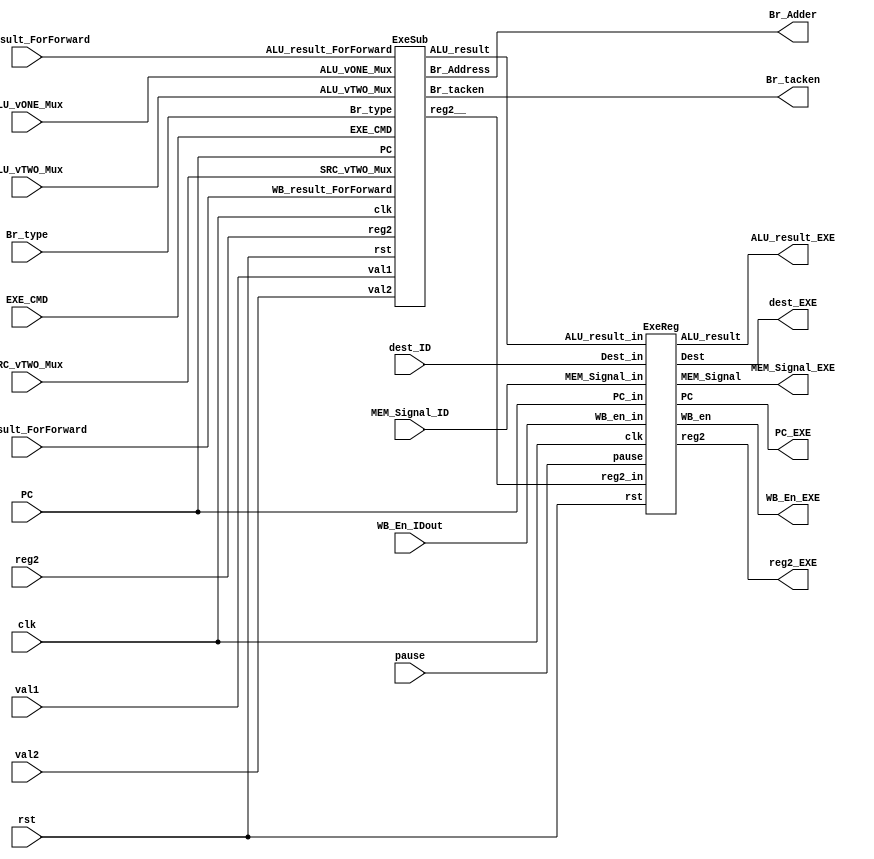
module Exe (
		input clk,rst,
		// SRAM  UNIT
		pause,
		//ForwardDetect
		input [1:0] ALU_vONE_Mux, ALU_vTWO_Mux, SRC_vTWO_Mux,
		// from ID stage to Mem stage : input
		input WB_En_IDout,
		input [1:0] MEM_Signal_ID,
		input [4:0] dest_ID,

		input [3:0] EXE_CMD,
		input [31:0] val1, val2, reg2, PC,
		input [1:0] Br_type,
		//ForwardDetect
		input [31:0] ALU_result_ForForward , WB_result_ForForward,

		output [31:0] Br_Adder,
		output Br_tacken,
		// from ID stage to Mem stage : output
		output WB_En_EXE,
		output [1:0] MEM_Signal_EXE,
		output [4:0] dest_EXE,
		output [31:0] PC_EXE,ALU_result_EXE, reg2_EXE

	);

	wire [31:0] reg2__, ALU_result;

	ExeSub _ExeSub (
		clk,rst,
		//ForwardDetect
		ALU_vONE_Mux, ALU_vTWO_Mux, SRC_vTWO_Mux,
		EXE_CMD, val1,val2,reg2, PC, Br_type,
		//ForwardDetect
		ALU_result_ForForward, WB_result_ForForward,
		ALU_result, Br_Adder, reg2__,
		Br_tacken
		);

	ExeReg _ExeReg(clk,rst,pause,WB_En_IDout,MEM_Signal_ID,dest_ID,PC,ALU_result,reg2__,WB_En_EXE,MEM_Signal_EXE,dest_EXE,PC_EXE,ALU_result_EXE,reg2_EXE);

endmodule
// * * * * * * * * * * * * * * * * * * * * * * * * * * * * * * * *
module ExeSub (
		input clk,rst,
		//ForwardDetect
		input [1:0] ALU_vONE_Mux, ALU_vTWO_Mux, SRC_vTWO_Mux,
		input [3:0] EXE_CMD,
		input [31:0] val1,val2,reg2,PC,
		input [1:0] Br_type,
		//ForwardDetect
		input [31:0] ALU_result_ForForward , WB_result_ForForward,

		output [31:0] ALU_result,Br_Address, reg2__,
		output Br_tacken
	);
	wire [31:0] val1__, val2__;

	Mux3to1_32 _val1ALU (ALU_vONE_Mux, val1, ALU_result_ForForward, WB_result_ForForward, val1__);
	Mux3to1_32 _val2ALU (ALU_vTWO_Mux, val2, ALU_result_ForForward, WB_result_ForForward, val2__);
	Mux3to1_32 _valSrc2 (SRC_vTWO_Mux, reg2, ALU_result_ForForward, WB_result_ForForward, reg2__);


	ALU _ALU(val1__, val2__, EXE_CMD, ALU_result);
	AdderBranch _AdderBranch (PC, val2__, Br_Address);
	ConditionCheck _ConditionCheck (val1__, reg2__, Br_type, Br_tacken);

endmodule
// * * * * * * * * * * * * * * * * * * * * * * * * * * * * * * * *
module ExeReg (
		input clk,rst,
		// SRAM  UNIT
		pause,
		// from ID stage to Mem stage
		input WB_en_in,
		input [1:0] MEM_Signal_in,
		input [4:0] Dest_in,

		input [31:0] PC_in,
		input [31:0] ALU_result_in,
		input [31:0] reg2_in,

		// MEM_Signals
		output reg WB_en,
		output reg [1:0] MEM_Signal,
		output reg [4:0] Dest,
		output reg [31:0] PC,
		output reg [31:0] ALU_result,
		output reg [31:0] reg2
	);

	always@(posedge clk) begin
		if (rst) begin
			WB_en <= 1'd0;
			MEM_Signal <= 2'd0;
			Dest <= 5'd0;
			PC <= 32'd0;
			ALU_result <= 32'd0;
			reg2 <= 32'd0;

		end
		else begin
			if (pause) begin
				WB_en <= WB_en;
				MEM_Signal <= MEM_Signal;
				Dest <= Dest;
				PC <= PC;
				ALU_result <= ALU_result;
				reg2 <= reg2;
			end
			else begin
				WB_en <= WB_en_in;
				MEM_Signal <= MEM_Signal_in;
				Dest <= Dest_in;
				PC <= PC_in;
				ALU_result <= ALU_result_in;
				reg2 <= reg2_in;
			end
		end
	end

endmodule
// * * * * * * * * * * * * * * * * * * * * * * * * * * * * * * * *
module ALU(input[31:0] val1, val2, input[3:0] selector, output reg[31:0] ALU_res);
	always @(*) begin
		case (selector)
			4'b0000: ALU_res <= val1 + val2; // ADD , ADDI , LD , ST
			4'b0010: ALU_res <= val1 - val2; // SUB , SUBI
			4'b0100: ALU_res <= val1 & val2; // AND
			4'b0101: ALU_res <= val1 | val2; // OR
			4'b0110: ALU_res <= ~(val1 | val2); // NOR
			4'b0111: ALU_res <= val1 ^ val2; // XOR
			4'b1000: ALU_res <= val1 << val2; // SLA , SLL
			4'b1001: ALU_res <= $signed(val1) >>> val2; // SRA
			4'b1010: ALU_res <= val1 >> val2; // SRL

			default: ALU_res = 32'bx;
		endcase
	end
endmodule
// * * * * * * * * * * * * * * * * * * * * * * * * * * * * * * * *
module AdderBranch (input[31:0] PC, val2, output[31:0] result);
	assign result = PC + {val2[31:2],2'b0};
endmodule
// * * * * * * * * * * * * * * * * * * * * * * * * * * * * * * * *
module ConditionCheck (input[31:0] val1, val2, input[1:0] br_type, output reg isBr);
	always @(*)begin
		isBr = 0;
		if(br_type == 2'b01) begin
			if(val1 == 0)
				isBr = 1;
		end
		// Branch Not Equal
		else if(br_type == 2'b10) begin
			if (val1 != val2)
				isBr = 1;
		end
		// Jump
		else if(br_type == 2'b11) begin
			isBr = 1;
		end
		else begin
			isBr = 0;
		end
	end
endmodule
// * * * * * * * * * * * * * * * * * * * * * * * * * * * * * * * *
module Mux3to1_32(input [1:0] s, input [31:0] in0,in1,in2, output [31:0] w);
	assign w = (s == 2'b0) ? in0 :
				(s == 2'b01)? in1:
				(s == 2'b10)?in2 :
				2'bx;
endmodule